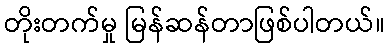
တိုးတက်မှု မြန်ဆန်တာဖြစ်ပါတယ်။